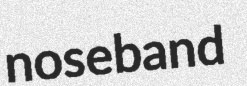
noseband